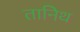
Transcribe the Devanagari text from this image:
तानिथ